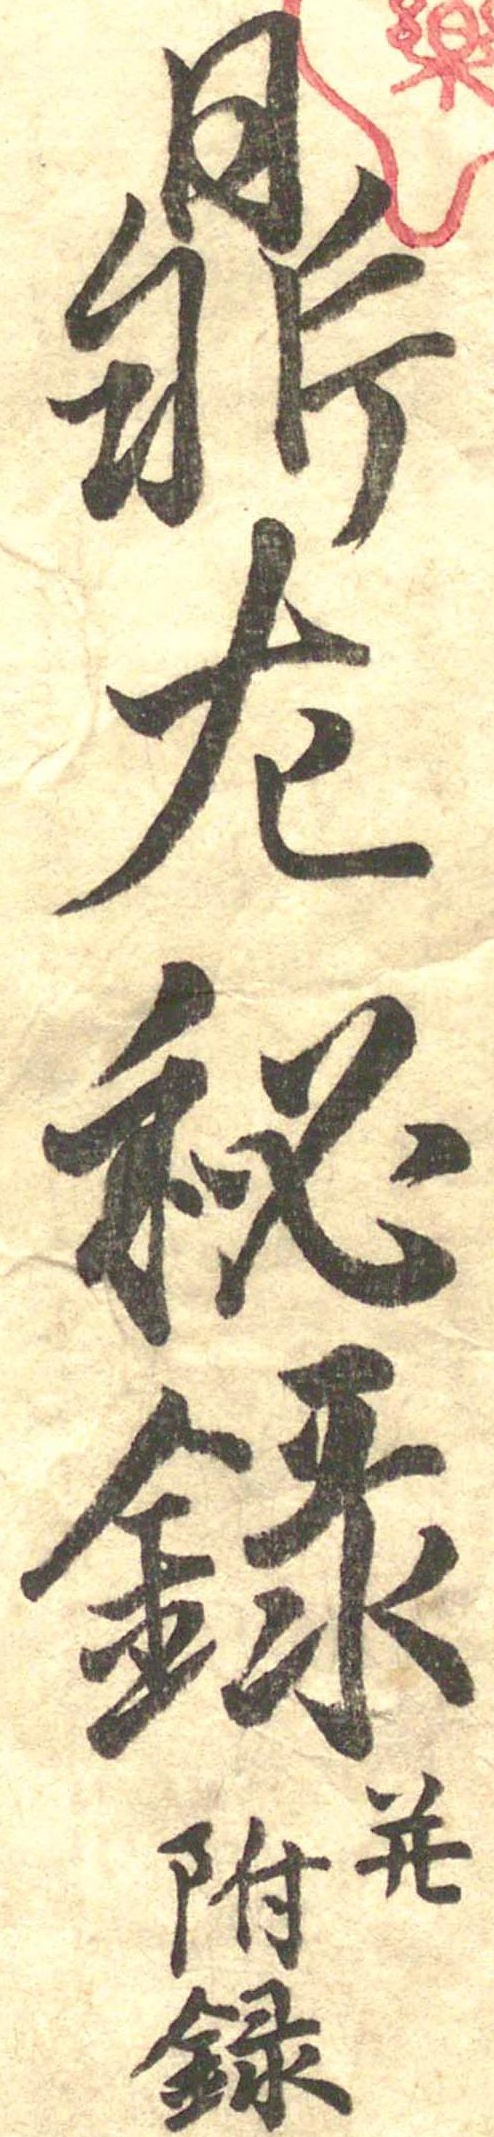
鼎左秘録并附録